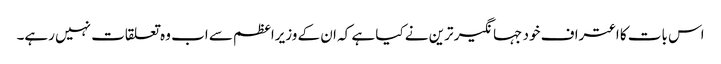
اس بات کا اعتراف خود جہانگیر ترین نے کیا ہے کہ ان کے وزیراعظم سے اب وہ تعلقات نہیں رہے۔